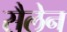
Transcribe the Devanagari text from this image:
सैलेन